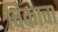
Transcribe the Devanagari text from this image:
विकावा